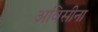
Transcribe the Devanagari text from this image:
अविसीना